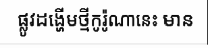
ផ្លូវដង្ហើមថ្មីកូរ៉ូណានេះ មាន